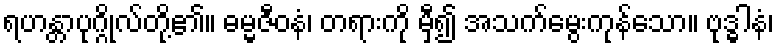
ရဟန္တာပုဂ္ဂိုလ်တို့၏။ ဓမ္မဇီဝနံ၊ တရားကို မှီ၍ အသက်မွေးကုန်သော။ ဗုဒ္ဓါနံ၊